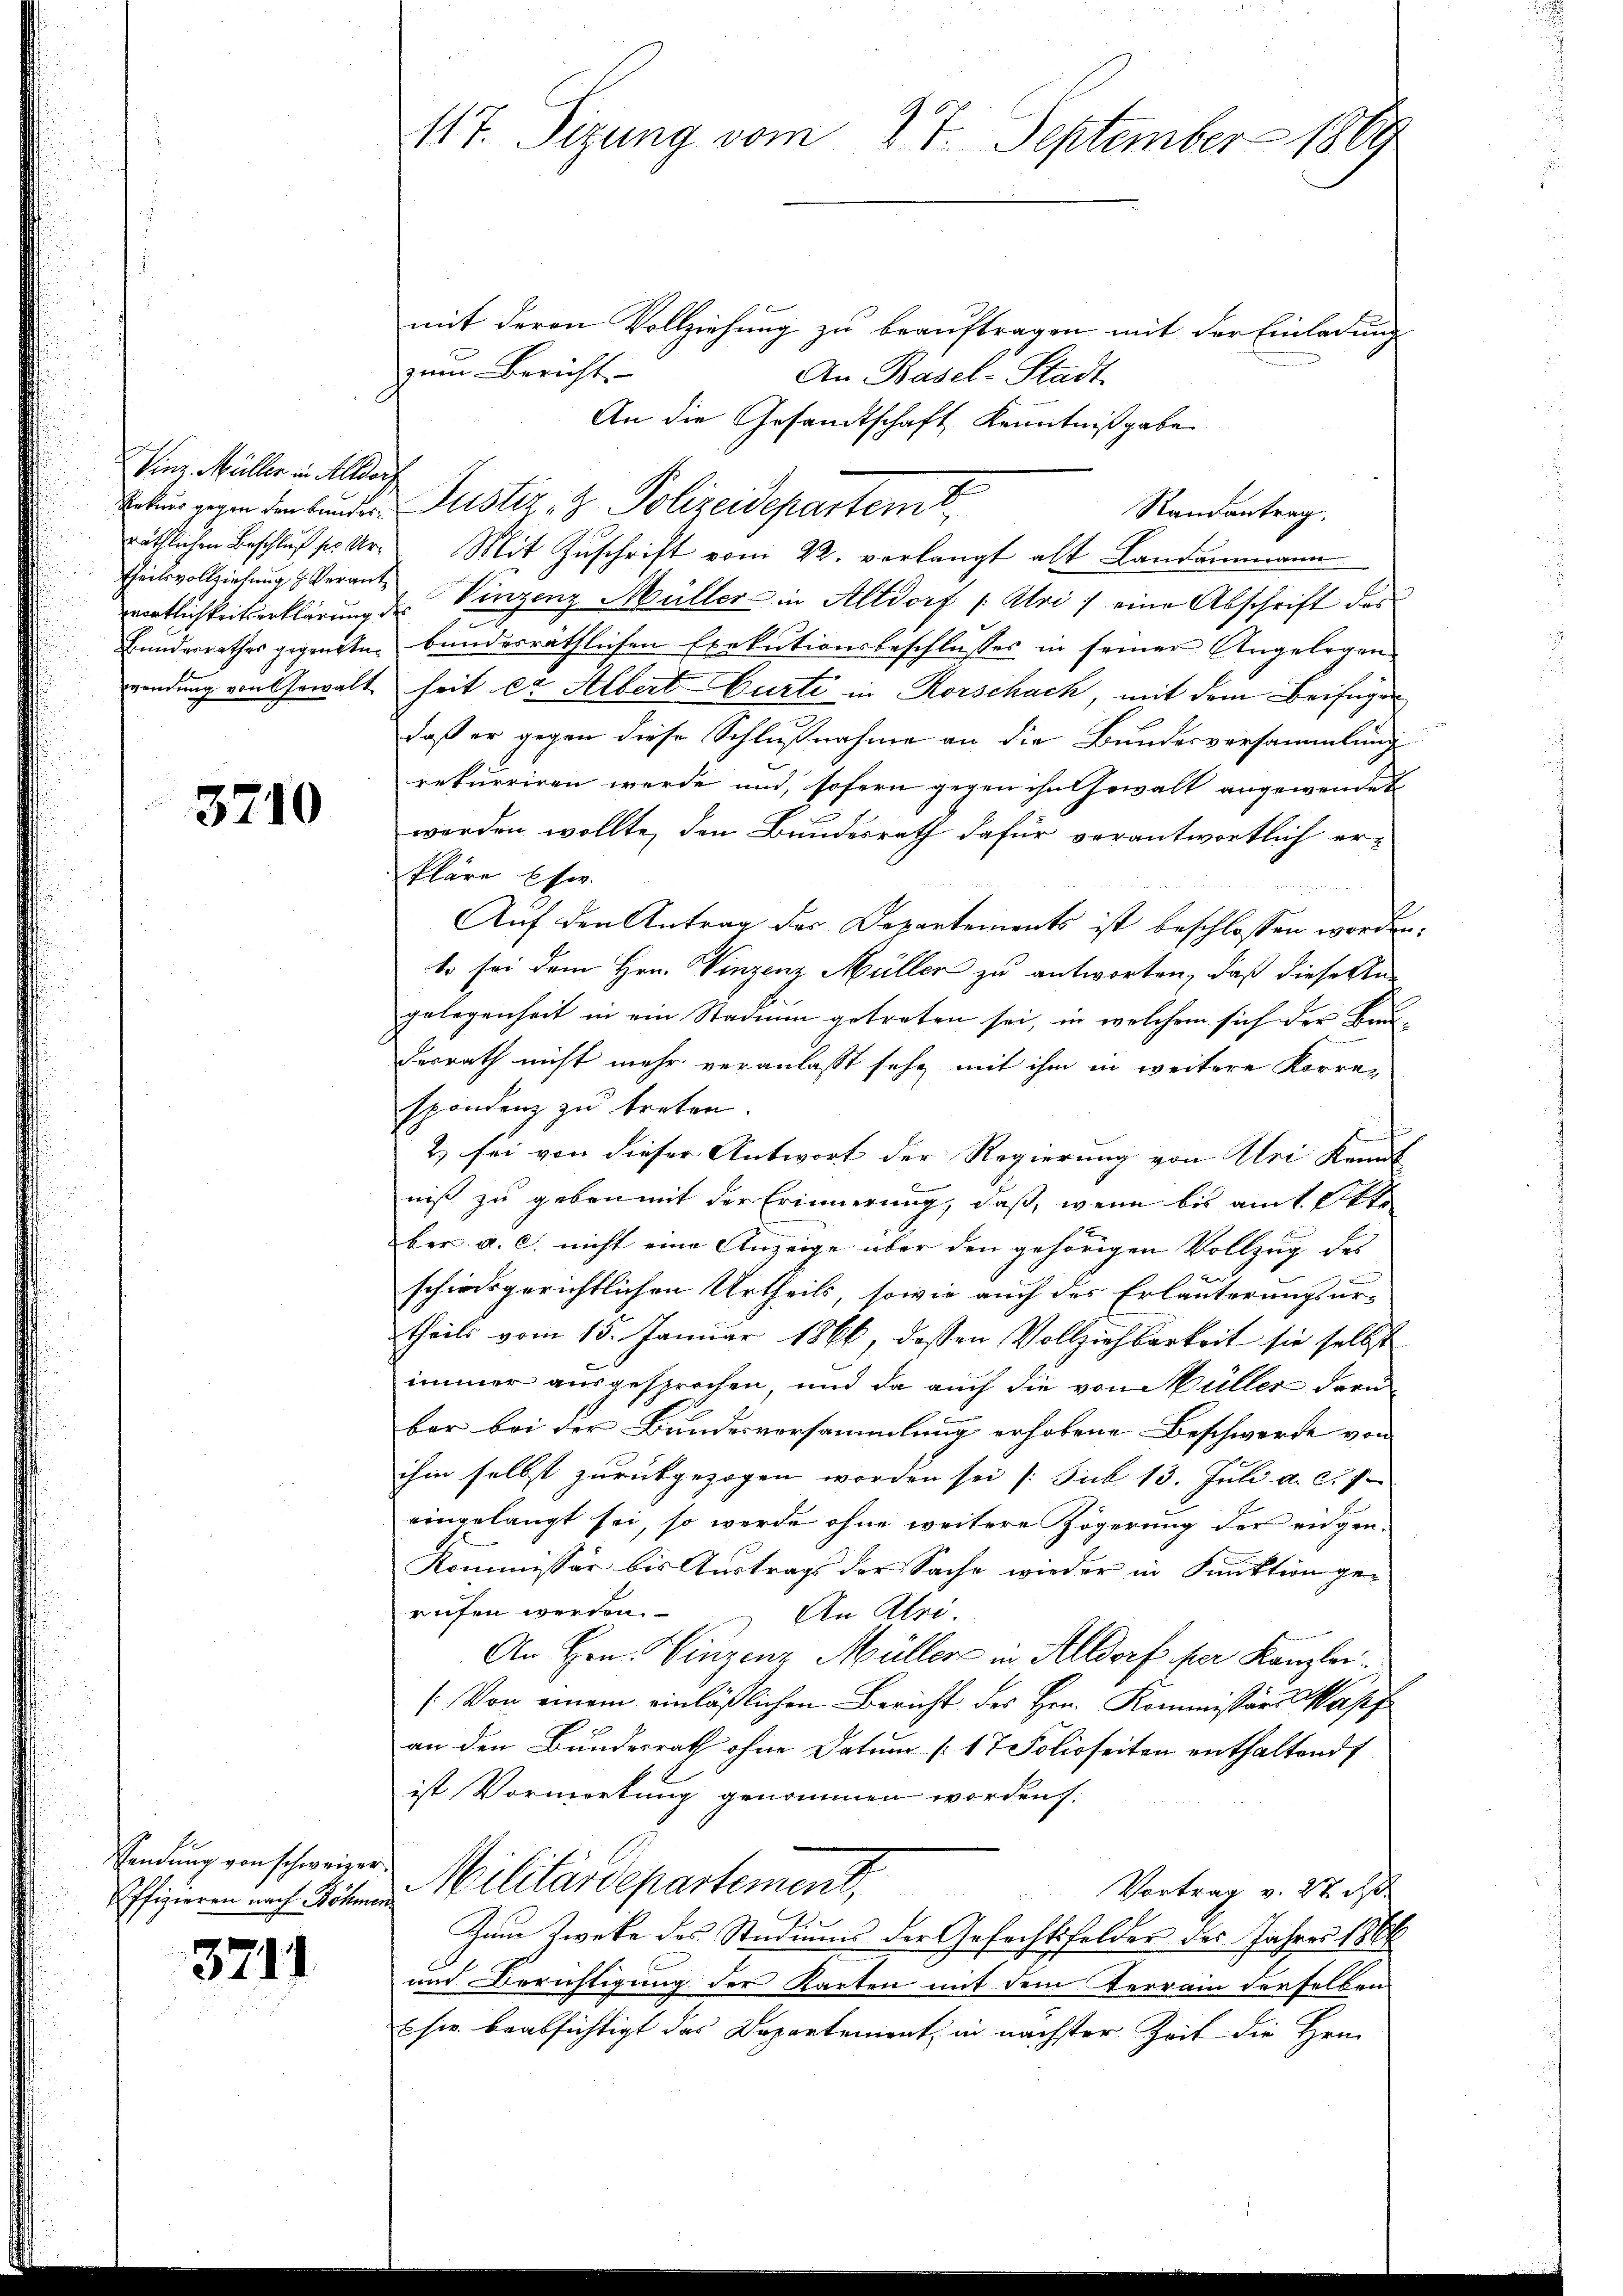
Sinz. Müller in Altdorf
Rekurs gegen den Bundes
räthlichen Beschluß sie Urtheilsvollziehung & Verant¬
Bunderrathes gegenst¬

3710

Sendung von schweizer.
Offizieren nach Böhmen

3711

117. Sizung vom 27. September 1869

mit deren Vollziehung zu beauftragen mit der Einladung
zum Bericht
An Basel-Stadt
An die Gesandtschaft Kenntnißgabe
Puster. z. Polizeidepartemt,
Mit Zuschrift vom 22. verlangt alt Landammann
entlichkeitserklärung des Vinzenz Müller in Altdorf (Uri :/ eine Abschrift des
bundesräthlichen Exekutionsbeschlusses in seiner Angelegen
wendung von Gewalt heit et Albert Curti in Rorschach, mit dem Beifügen
daß er gegen diese Schlußnahme an die Bundesversammlung
rekurriren werde und, sofern gegen ihn Gewalt angewendet
werden wollte, den Bundesrath dafür verantwortlich erkläre Ese
Auf den Antrag der Departements ist beschlossen worden.
to sei dem Hrn. Vinzenz Müller zu antworten, daß diese An-
gelegenheit in ein Stadiun getreten sei, in welchem sich der Baudesrath nicht mehr veranlasst sehe mit ihm in weitere Korre-
spondenz zu treten.
2) sei von dieser Antwort der Regierung von Uri Kennt
niß zu gebenmit der Erinnerung, daß, wenn bis am 14
ber a. c. nicht eine Anzeige über den gehörigen Vollzug des
schiedsgerichtlichen Urtheils, sowie auch des Erläuterungsur-
theils vom 13. Januar 1866, dassen Vollziehbarkeit sie selbst
immer ausgesprochen, und da auch die von Müller daru
ber bei der Bundesversammlung erhobene Beschwerde von |
ihm selbst zurückgezogen worden sei (Sub. 13. Juli a. c. 1
eingelangt sei, so werde ohne weitere Zögerung der eigen¬
Kommissär bis Austrags der Sache wieder in Funktion gerufen werden.
An Klei
An Hrn. Vinzenz Müller in Altdorf per Kanzlei¬
(Von einem einläßlichen Bericht des Hrn. Kommissärs Mass
an den Bundesrath ohne Datum [17 Folioseiten enthaltend
ist Vorwortung genommen worden.
Militärdepartement,
Vortrag v. 27 d
Zum Zwecke des Studiums der Gefechtsfelder des Jahres 188
und Berichtigung der Karten mit dem Terrain derselben
E sie beabsichtigt das Departement, in nächster Zeit die Hrn.

Randantrag